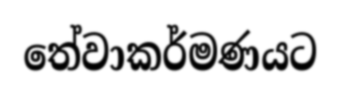
තේවාකර්මණයට